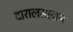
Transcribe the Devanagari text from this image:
दारालसलाम